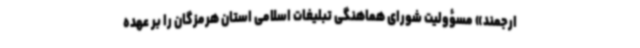
ارجمند» مسؤولیت شورای هماهنگی تبلیغات اسلامی استان هرمزگان را بر عهده